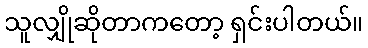
သူလျှိုဆိုတာကတော့ ရှင်းပါတယ်။